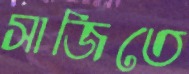
সাজিতে